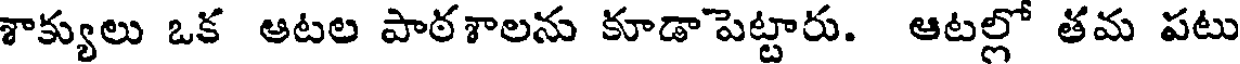
శాక్యులు ఒక ఆటల పాఠశాలను కూడా పెట్టారు. ఆటల్లో తమ పటు